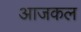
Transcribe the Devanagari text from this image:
अाजकल